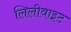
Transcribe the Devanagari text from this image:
लिलीवाइट